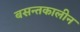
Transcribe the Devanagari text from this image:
बसन्तकालीन